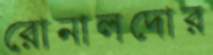
রোনালদোর